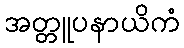
အတ္တူပနာယိကံ